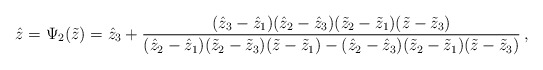
\begin{align*}\hat z=\Psi_2(\tilde z)= \hat z_3+\frac{(\hat z_3-\hat z_1)(\hat z_2-\hat z_3)(\tilde z_2-\tilde z_1)(\tilde z-\tilde z_3)}{(\hat z_2-\hat z_1)(\tilde z_2-\tilde z_3)(\tilde z-\tilde z_1)-(\hat z_2-\hat z_3)(\tilde z_2-\tilde z_1)(\tilde z-\tilde z_3)}\,,\end{align*}